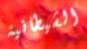
الشيطانية